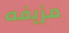
مزيفه